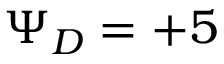
\Psi _ { D } = + 5